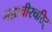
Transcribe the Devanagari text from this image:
महावीरचरित्